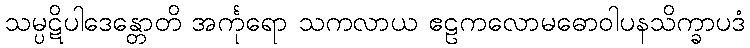
သမ္ပဋိပါဒေန္တောတိ အင်္ကုရော သကလာယ ဧဠကလောမဓောဝါပနသိက္ခာပဒံ